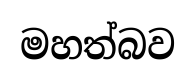
මහත්බව